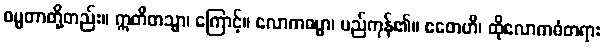
ဓမ္မတာတို့တည်း။ ဣတိတသ္မာ၊ ကြောင့်။ လောကဓမ္မာ၊ မည်ကုန်၏။ ဧတေဟိ၊ ထိုလောကဓံတရား